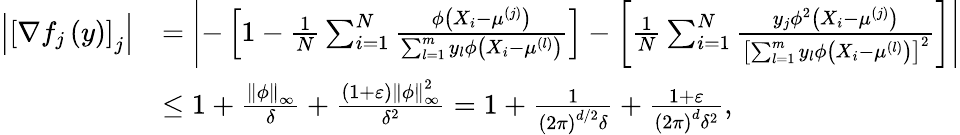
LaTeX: \begin{array}{rl}{\left|\left[\nabla f_{j}\left(y\right)\right]_{j}\right|}&{=\left|-\left[1-\frac{1}{N}\sum_{i=1}^{N}\frac{\phi\left(X_{i}-\mu^{(j)}\right)}{\sum_{l=1}^{m}y_{l}\phi\left(X_{i}-\mu^{(l)}\right)}\right]-\left[\frac{1}{N}\sum_{i=1}^{N}\frac{y_{j}\phi^{2}\left(X_{i}-\mu^{(j)}\right)}{\left[\sum_{l=1}^{m}y_{l}\phi\left(X_{i}-\mu^{(l)}\right)\right]^{2}}\right]\right|}\\ &{\leq 1+\frac{\left\Vert\phi\right\Vert_{\infty}}{\delta}+\frac{\left(1+\varepsilon\right)\left\Vert\phi\right\Vert_{\infty}^{2}}{\delta^{2}}=1+\frac{1}{\left(2\pi\right)^{d/2}\delta}+\frac{1+\varepsilon}{\left(2\pi\right)^{d}\delta^{2}},}\end{array}